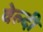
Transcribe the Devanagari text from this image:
वेल्दी